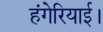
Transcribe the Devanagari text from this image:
हंगेरियाई।